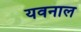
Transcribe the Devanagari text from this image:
यवनाल